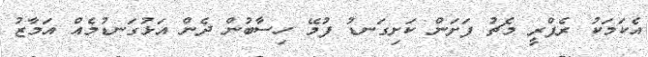
އެކަމަކު ރެފްރީ މެޗު ފަށަން ކަށިގަނޑު ފުމޭ ހިސާބުން ދެން އަޅުގަނޑުމެއް އަމާޒު